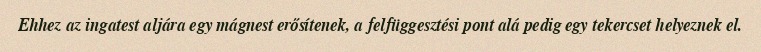
Ehhez az ingatest aljára egy mágnest erősítenek, a felfüggesztési pont alá pedig egy tekercset helyeznek el.